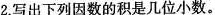
2.写出下列因数的积是几位小数。